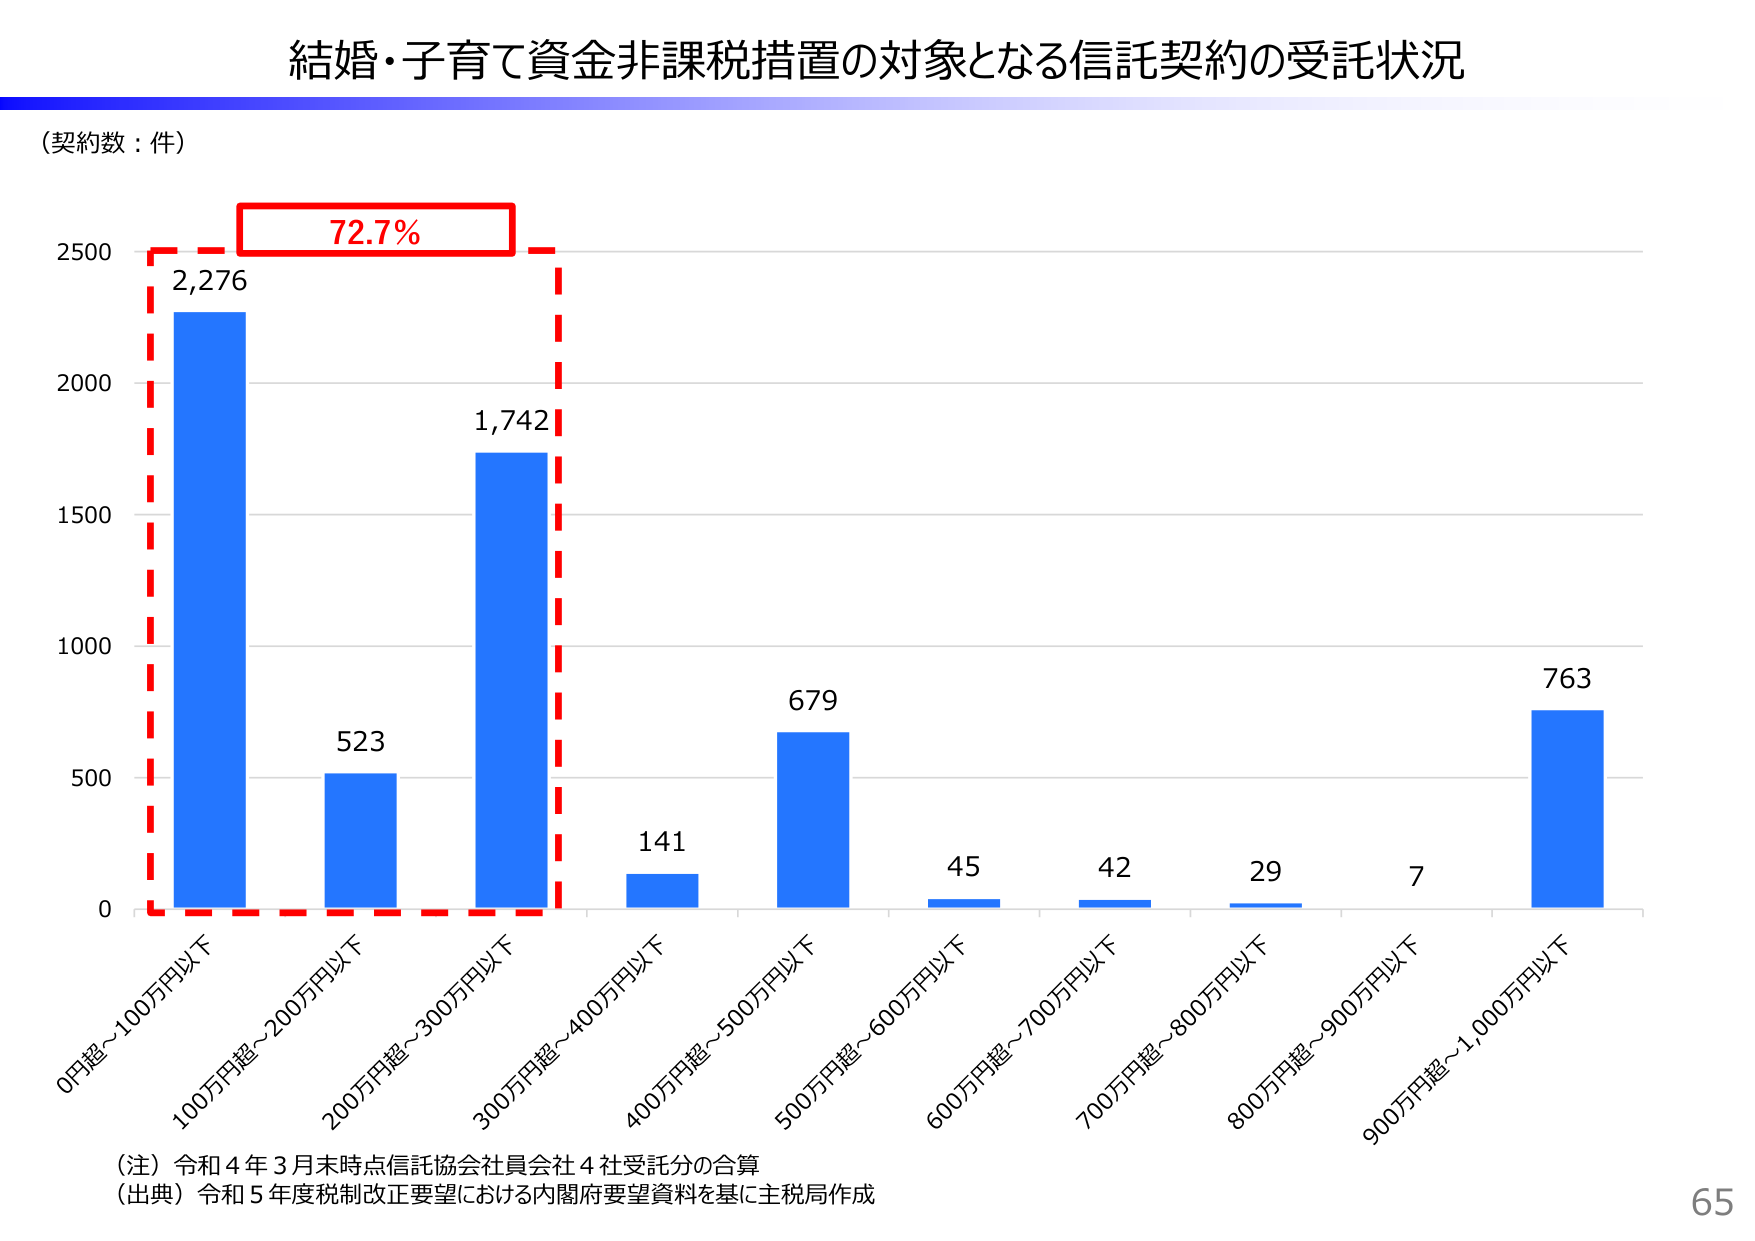
結婚・子育て資金非課税措置の対象となる信託契約の受託状況
（契約数：件）
72.7%
2,276
1,742
523
141
679
45
42
29
7
763
0円超～100万円以下
100万円超～200万円以下
200万円超～300万円以下
300万円超～400万円以下
400万円超～500万円以下
500万円超～600万円以下
600万円超～700万円以下
700万円超～800万円以下
800万円超～900万円以下
900万円超～1,000万円以下
（注）令和４年３月末時点信託協会社員会社４社受託分の合算
（出典）令和５年度税制改正要望における内閣府要望資料を基に主税局作成
65